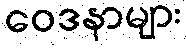
ဝေဒနာများ